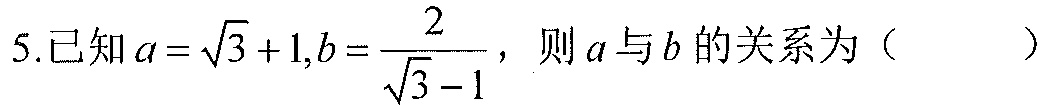
5.已知\(a = \sqrt{3}+1,b = \frac{2}{\sqrt{3}-1}\)，则\(a\)与\(b\)的关系为（  ）